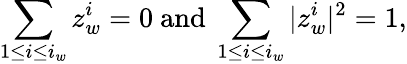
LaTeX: \sum_{1\leq i\leq i_{w}}z_{w}^{i}=0\mathrm{~and~}\sum_{1\leq i\leq i_{w}}|z_{w}^{i}|^{2}=1,